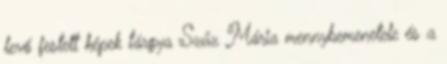
levő festett képek tárgya Szűz Mária mennybemenetele és a